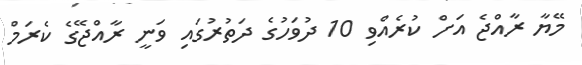
މޭޔާ ރާއްޖެ އަށް ކުރެއްވި 10 ދުވަހުގެ ދަތުރުގައި ވަނީ ރާއްޖޭގެ ކެރަމް